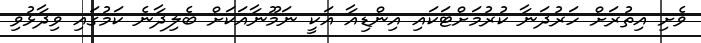
ވެށި އިތުރަށް ހަރުދަނާ ކުރުމަށްޓަކައި އިންޑިއާ އަކީ ނަމޫނާއަކަށް ބެލިދާނެ ކަމުގައި ވިދާޅުވި